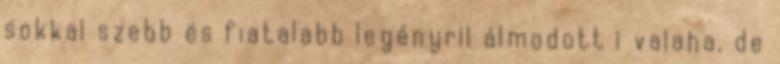
sokkal szebb és fiatalabb legényrıl álmodott ı valaha, de